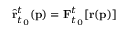
\hat { \mathbf { r } } _ { t _ { 0 } } ^ { t } ( \mathbf { p } ) = \mathbf { F } _ { t _ { 0 } } ^ { t } [ \mathbf { r } ( \mathbf { p } ) ]